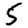
Digit: 5